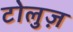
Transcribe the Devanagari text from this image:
टोलुज़